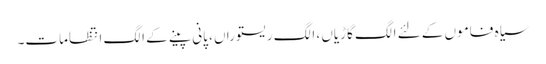
سیاہ فاموں کے لئے الگ گاڑیاں ، الگ ریستوراں ، پانی پینے کے الگ انتظامات۔